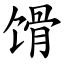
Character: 馉